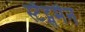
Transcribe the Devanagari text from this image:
स्टैट्समैन